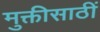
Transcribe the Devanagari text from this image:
मुक्तीसाठीं